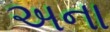
અના